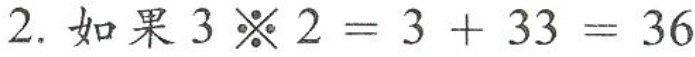
2. 如果$$3 ※ 2 = 3 + 3 3 = 3 6$$